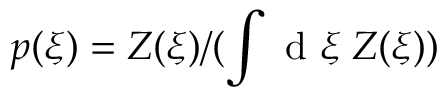
p ( \xi ) = Z ( \xi ) / ( \int \mathrm { ~ d ~ } \xi \; Z ( \xi ) )